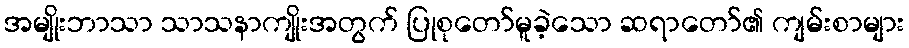
အမျိုးဘာသာ သာသနာကျိုးအတွက် ပြုစုတော်မူခဲ့သော ဆရာတော်၏ ကျမ်းစာများ